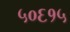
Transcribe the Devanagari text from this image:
५०६१५